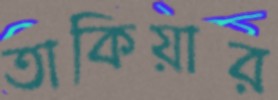
তাকিয়ার